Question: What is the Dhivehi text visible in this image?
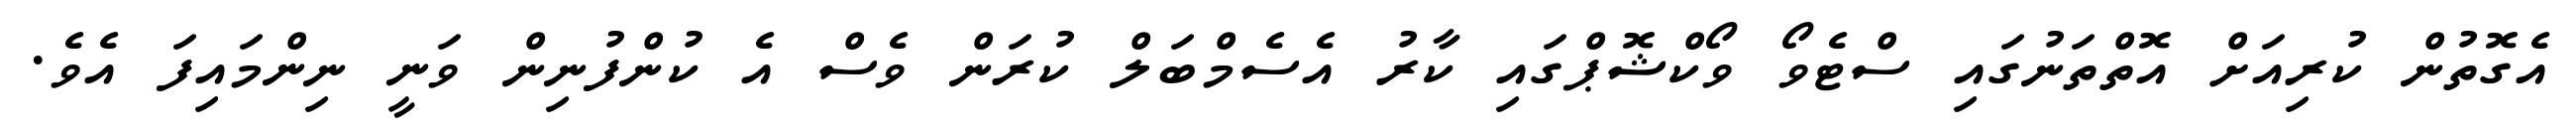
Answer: އެގޮތުން ކުރިއަށް އޮތްތަނުގައި ސްޓެވޯ ވޯކްޝޮޕްގައި ކާރު އެސެމްބަލް ކުރަން ވެސް އެ ކުންފުނިން ވަނީ ނިންމައިފަ އެވެ.